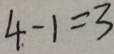
4 . - 1 = 3